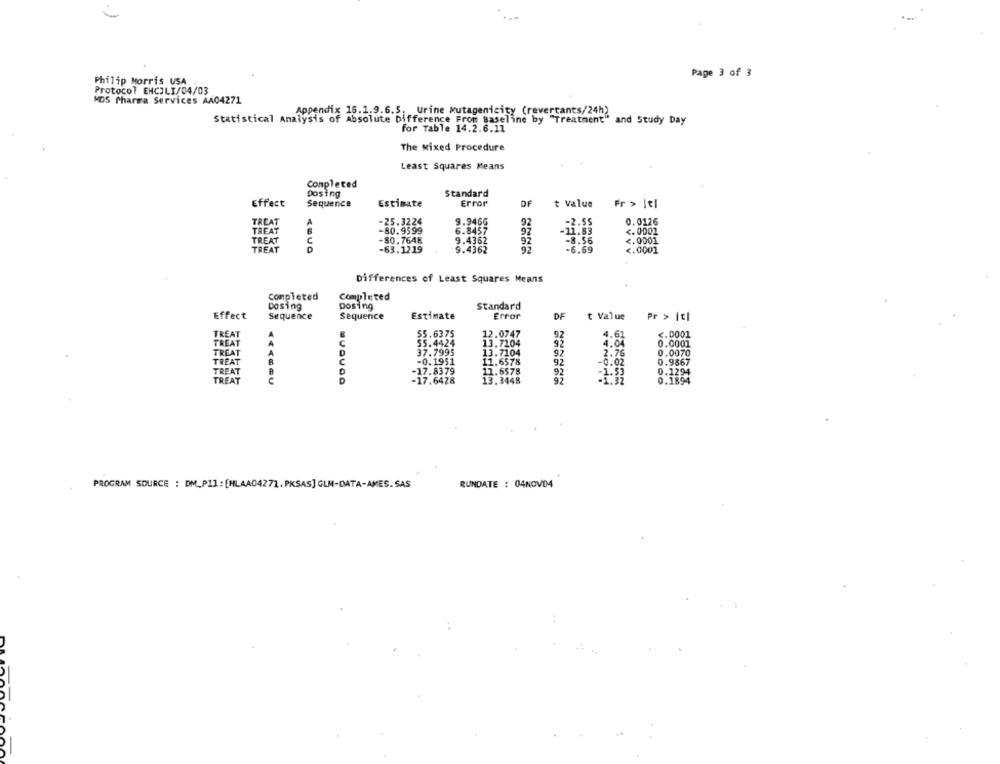
Page 3 of 3
Philip Morris USA
Protocol ENCJLI/04/03
MDS Pharma Services AA04271
Appendix 15.1.9.6.5. Urine Mutagenicity (revertants/24h)
Statistical Analysis of Absolute Difference From Baseline by "Treatment" and Study Day
for Table 14.2.6.11
The Mixed Procedure
Least Squares Means
Completed
Dosing
Standard
Effect
Sequence
Estimate
Error
OF
t Value
Fr > Iel
TREAT
A
-25.3224
9.946G
92
-2.55
0.0126
TREAT
-80.9599
6.8457
<. 0002
92
-11.83
TREAT
C
-80.7648
9.4362
92
-8.56
<. 0001
TREAT
-63.1219
9.4362
92
-6.69
<. 0001
Differences of Least Squares Means
Completed
Completed
Dosing
Dosing
Standard
Effect
Sequence
Sequence
Estimate
Error
DF
t Value
Pr > |cl
TREAT
55.6375
12.0747
92
4.61
<. 0001
TREA
55.4424
13.7104
92
4.04
0.0001
TREAT
37.7995
13.7104
97
2.76
0.0070
TREAT
R
C
11.6578
0.9867
-0.1951
92
-0.02
-17.8379
11.6578
92
-1.53
0.1294
TREAT
e
-17.6428
13.3448
92
-1.32
0.1894
PROGRAM SOURCE : DM_P1]: [HLAA04272. PKSAS] GLM-DATA-AMES. SAS
RUNDATE : 04NOV04